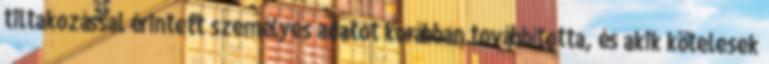
tiltakozással érintett személyes adatot korábban továbbította, és akik kötelesek